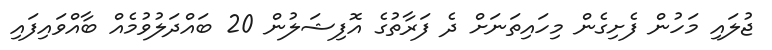
ޖުލައި މަހުން ފެށިގެން މިހައިތަނަށް ދެ ފަރާތުގެ އޮފިޝަލުން 20 ބައްދަލުވުމެއް ބާއްވައިފައި